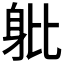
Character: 𨈚